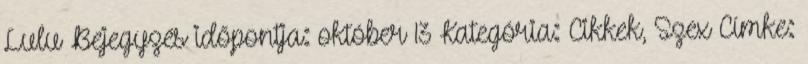
Lulu Bejegyzés időpontja: október 13 Kategória: Cikkek, Szex Címke: